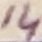
Text: 14